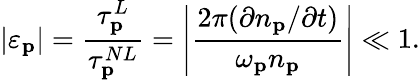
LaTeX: |\varepsilon_{\mathbf{p}}|=\frac{\tau_{\mathbf{p}}^{L}}{\tau_{\mathbf{p}}^{NL}}=\left|\frac{2\pi(\partial n_{\mathbf{p}}/\partial t)}{\omega_{\mathbf{p}}n_{\mathbf{p}}}\right|\ll 1.